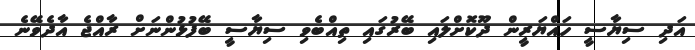
އަދި ސިޔާސީ ހައްޔަރީން ދޫކޮށްލައި ބޭރުގައި ތިއްބެވި ސިޔާސީ ބޭފުޅުންނަށް ރާއްޖެ އާދެވޭނެ